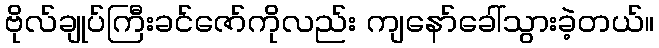
ဗိုလ်ချုပ်ကြီးခင်ဇော်ကိုလည်း ကျနော်ခေါ်သွားခဲ့တယ်။